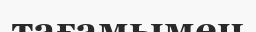
тағамымен